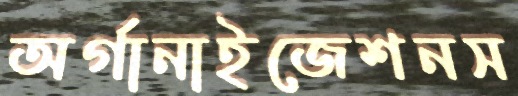
অর্গানাইজেশনস